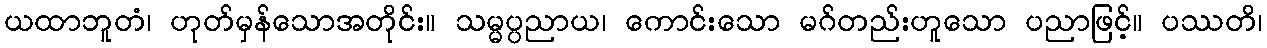
ယထာဘူတံ၊ ဟုတ်မှန်သောအတိုင်း။ သမ္မပ္ပညာယ၊ ကောင်းသော မဂ်တည်းဟူသော ပညာဖြင့်။ ပဿတိ၊